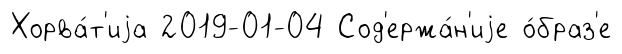
Хорва́т'иjа 2019-01-04 Сод'ержа́н'иjе о́браз'е